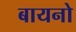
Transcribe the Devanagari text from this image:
बायनो